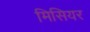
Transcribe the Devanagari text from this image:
मिसियर